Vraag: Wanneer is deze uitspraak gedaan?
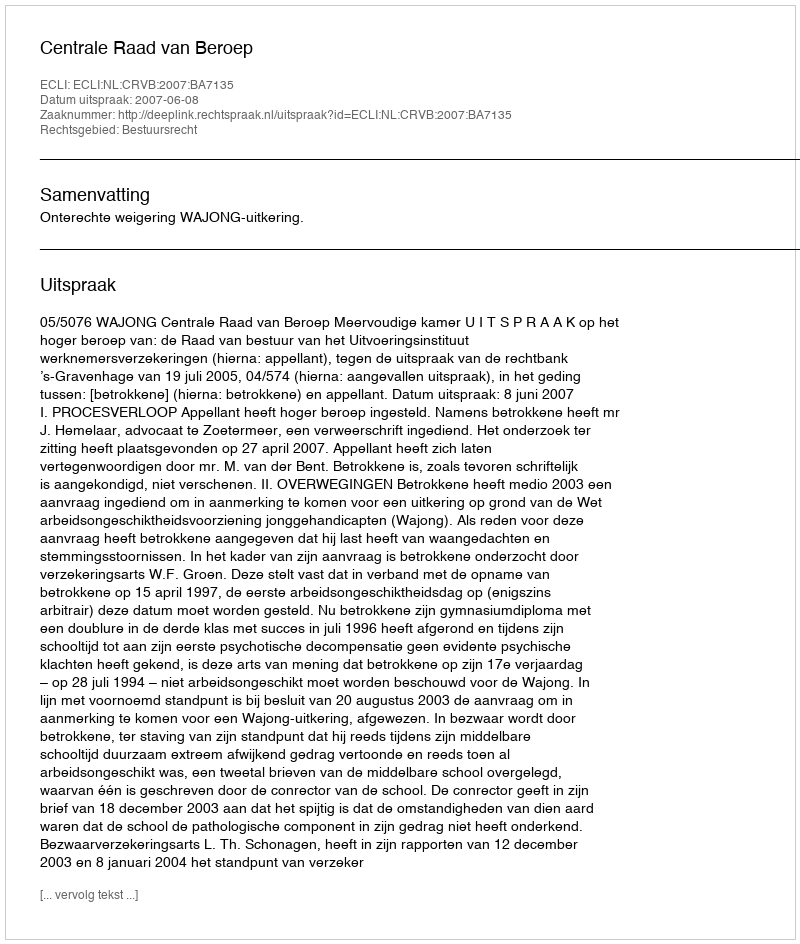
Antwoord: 2007-06-08